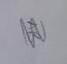
Signature authenticity: genuine